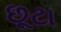
છૂટા